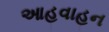
આહવાહન